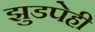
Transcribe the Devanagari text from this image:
झुडपेही